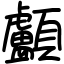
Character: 顱